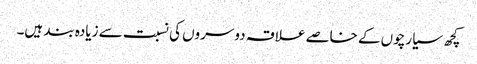
کچھ سیارچوں کے خاصے علاقہ دوسروں کی نسبت سے زیادہ بند ہیں۔